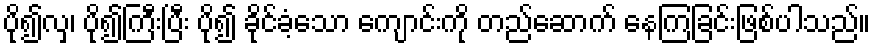
ပို၍လှ၊ ပို၍ကြီးပြီး ပို၍ ခိုင်ခံ့သော ကျောင်းကို တည်ဆောက် နေကြခြင်းဖြစ်ပါသည်။